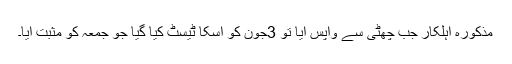
مذکورہ اہلکار جب چھٹی سے واپس آیا تو 3جون کو اسکا ٹیسٹ کیا گیا جو جمعہ کو مثبت آیا۔